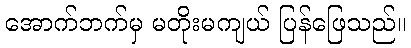
အောက်ဘက်မှ မတိုးမကျယ် ပြန်ဖြေသည်။